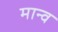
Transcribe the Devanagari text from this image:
मान्व